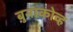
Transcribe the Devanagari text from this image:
बुनाकोव्ह